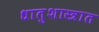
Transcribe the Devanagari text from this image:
धातुशास्त्रात